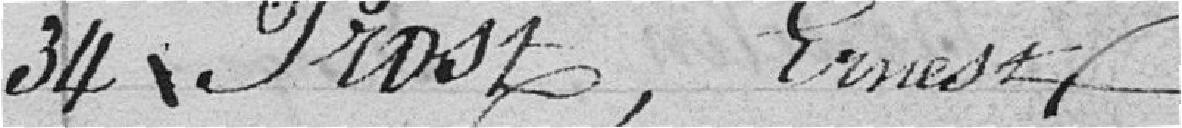
34 Prost, Ernest